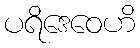
ပရိဒေဝေဟိ